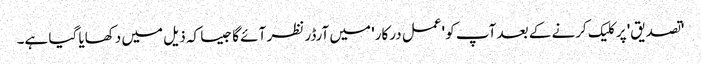
'تصدیق' پر کلیک کرنے کے بعد آپ کو 'عمل درکار' میں آرڈر نظر آئے گا جیسا کہ ذیل میں دکھایا گیا ہے۔